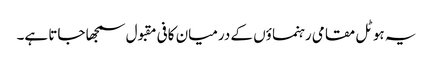
یہ ہوٹل مقامی رہنما ؤں کے درمیان کافی مقبول سمجھا جاتا ہے۔